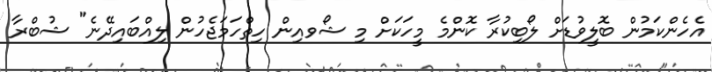
އެހެންކަމުން ބޮލީވުޑަށް ލޯބިކުރާ ކޮންމެ މީހަކަށް މި ޝޯވއިން ހިތްހަމަޖެހުން ލިއްބައިދޭނެ" ޝުބްރާ